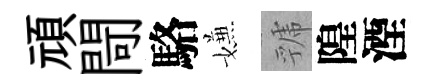
頑閜駱嫌虢隍湮